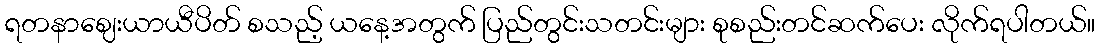
ရတနာဈေးယာယီပိတ် စသည့် ယနေ့အတွက် ပြည်တွင်းသတင်းများ စုစည်းတင်ဆက်ပေး လိုက်ရပါတယ်။